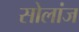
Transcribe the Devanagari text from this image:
सोलांज